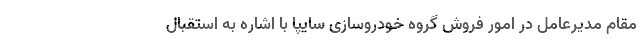
مقام مدیرعامل در امور فروش گروه خودروسازی سایپا با اشاره به استقبال